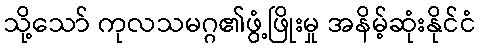
သို့သော် ကုလသမဂ္ဂ၏ဖွံ့ဖြိုးမှု အနိမ့်ဆုံးနိုင်ငံ